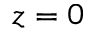
z = 0